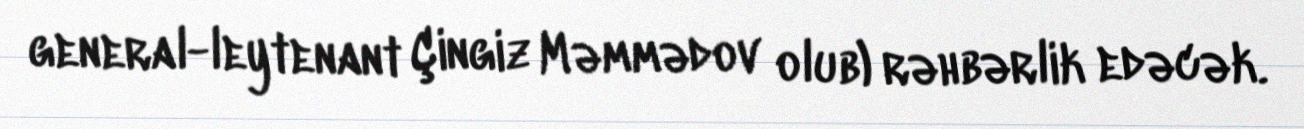
general-leytenant Çingiz Məmmədov olub) rəhbərlik edəcək.